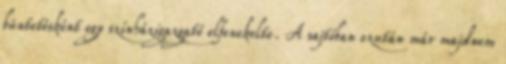
büntetésként egy színházigazgató elfenekelte. A sajtóban ezután már majdnem